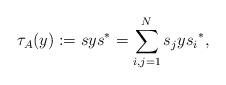
LaTeX: \begin{align*} \tau_A(y) := s y s^* = \sum_{i,j=1}^N s_j y {s_i}^*,\end{align*}